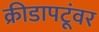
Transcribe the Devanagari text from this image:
क्रीडापटूंवर